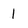
Character: l